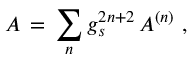
{ \cal A } \, = \, \sum _ { n } g _ { s } ^ { 2 n + 2 } \, { \cal A } ^ { ( n ) } \ ,